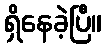
ရှိနေခဲ့ပြီ။